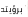
برؤيته